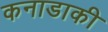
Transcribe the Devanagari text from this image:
कनाडाकी